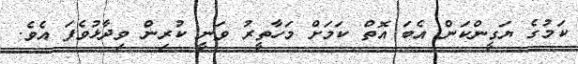
ކަމުގެ ޔަގީންކަން އެބަ އޮތް ކަމަށް މަހާތީރު ވަނީ ކުރިން ވިދާޅުވެފަ އެވެ.